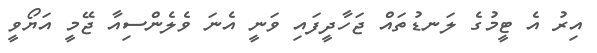
އިރު އެ ޓީމުގެ ލަނޑުތައް ޖަހާދީފައި ވަނީ އެނަ ވެލެންސިއާ ޖޭމީ އަޔޯވީ